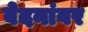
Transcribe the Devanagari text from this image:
वेदनांवर